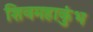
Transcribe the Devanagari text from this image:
शिवमहाकुंभ